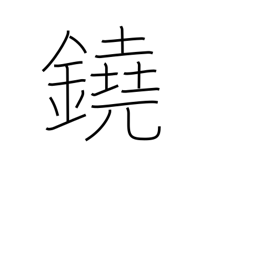
Meaning: gong